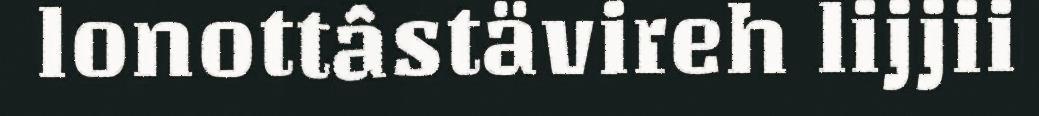
lonottâstävireh lijjii